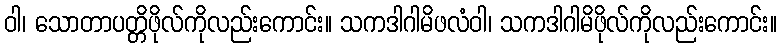
ဝါ၊ သောတာပတ္တိဖိုလ်ကိုလည်းကောင်း။ သကဒါဂါမိဖလံဝါ၊ သကဒါဂါမိဖိုလ်ကိုလည်းကောင်း။